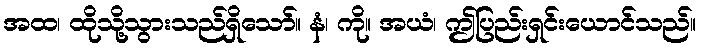
အထ၊ ထိုသို့သွားသည်ရှိသော်။ နံ၊ ကို။ အယံ၊ ဤပြည်းရှင်းယောင်သည်။